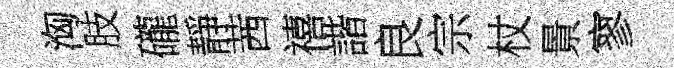
洶肢礲靜茜禧諧良宗杖㬌寥